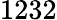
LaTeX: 1232